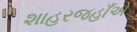
શાહરજહાઁએ